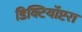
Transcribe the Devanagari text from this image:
डिक्टियॉप्टरा